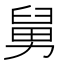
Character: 舅